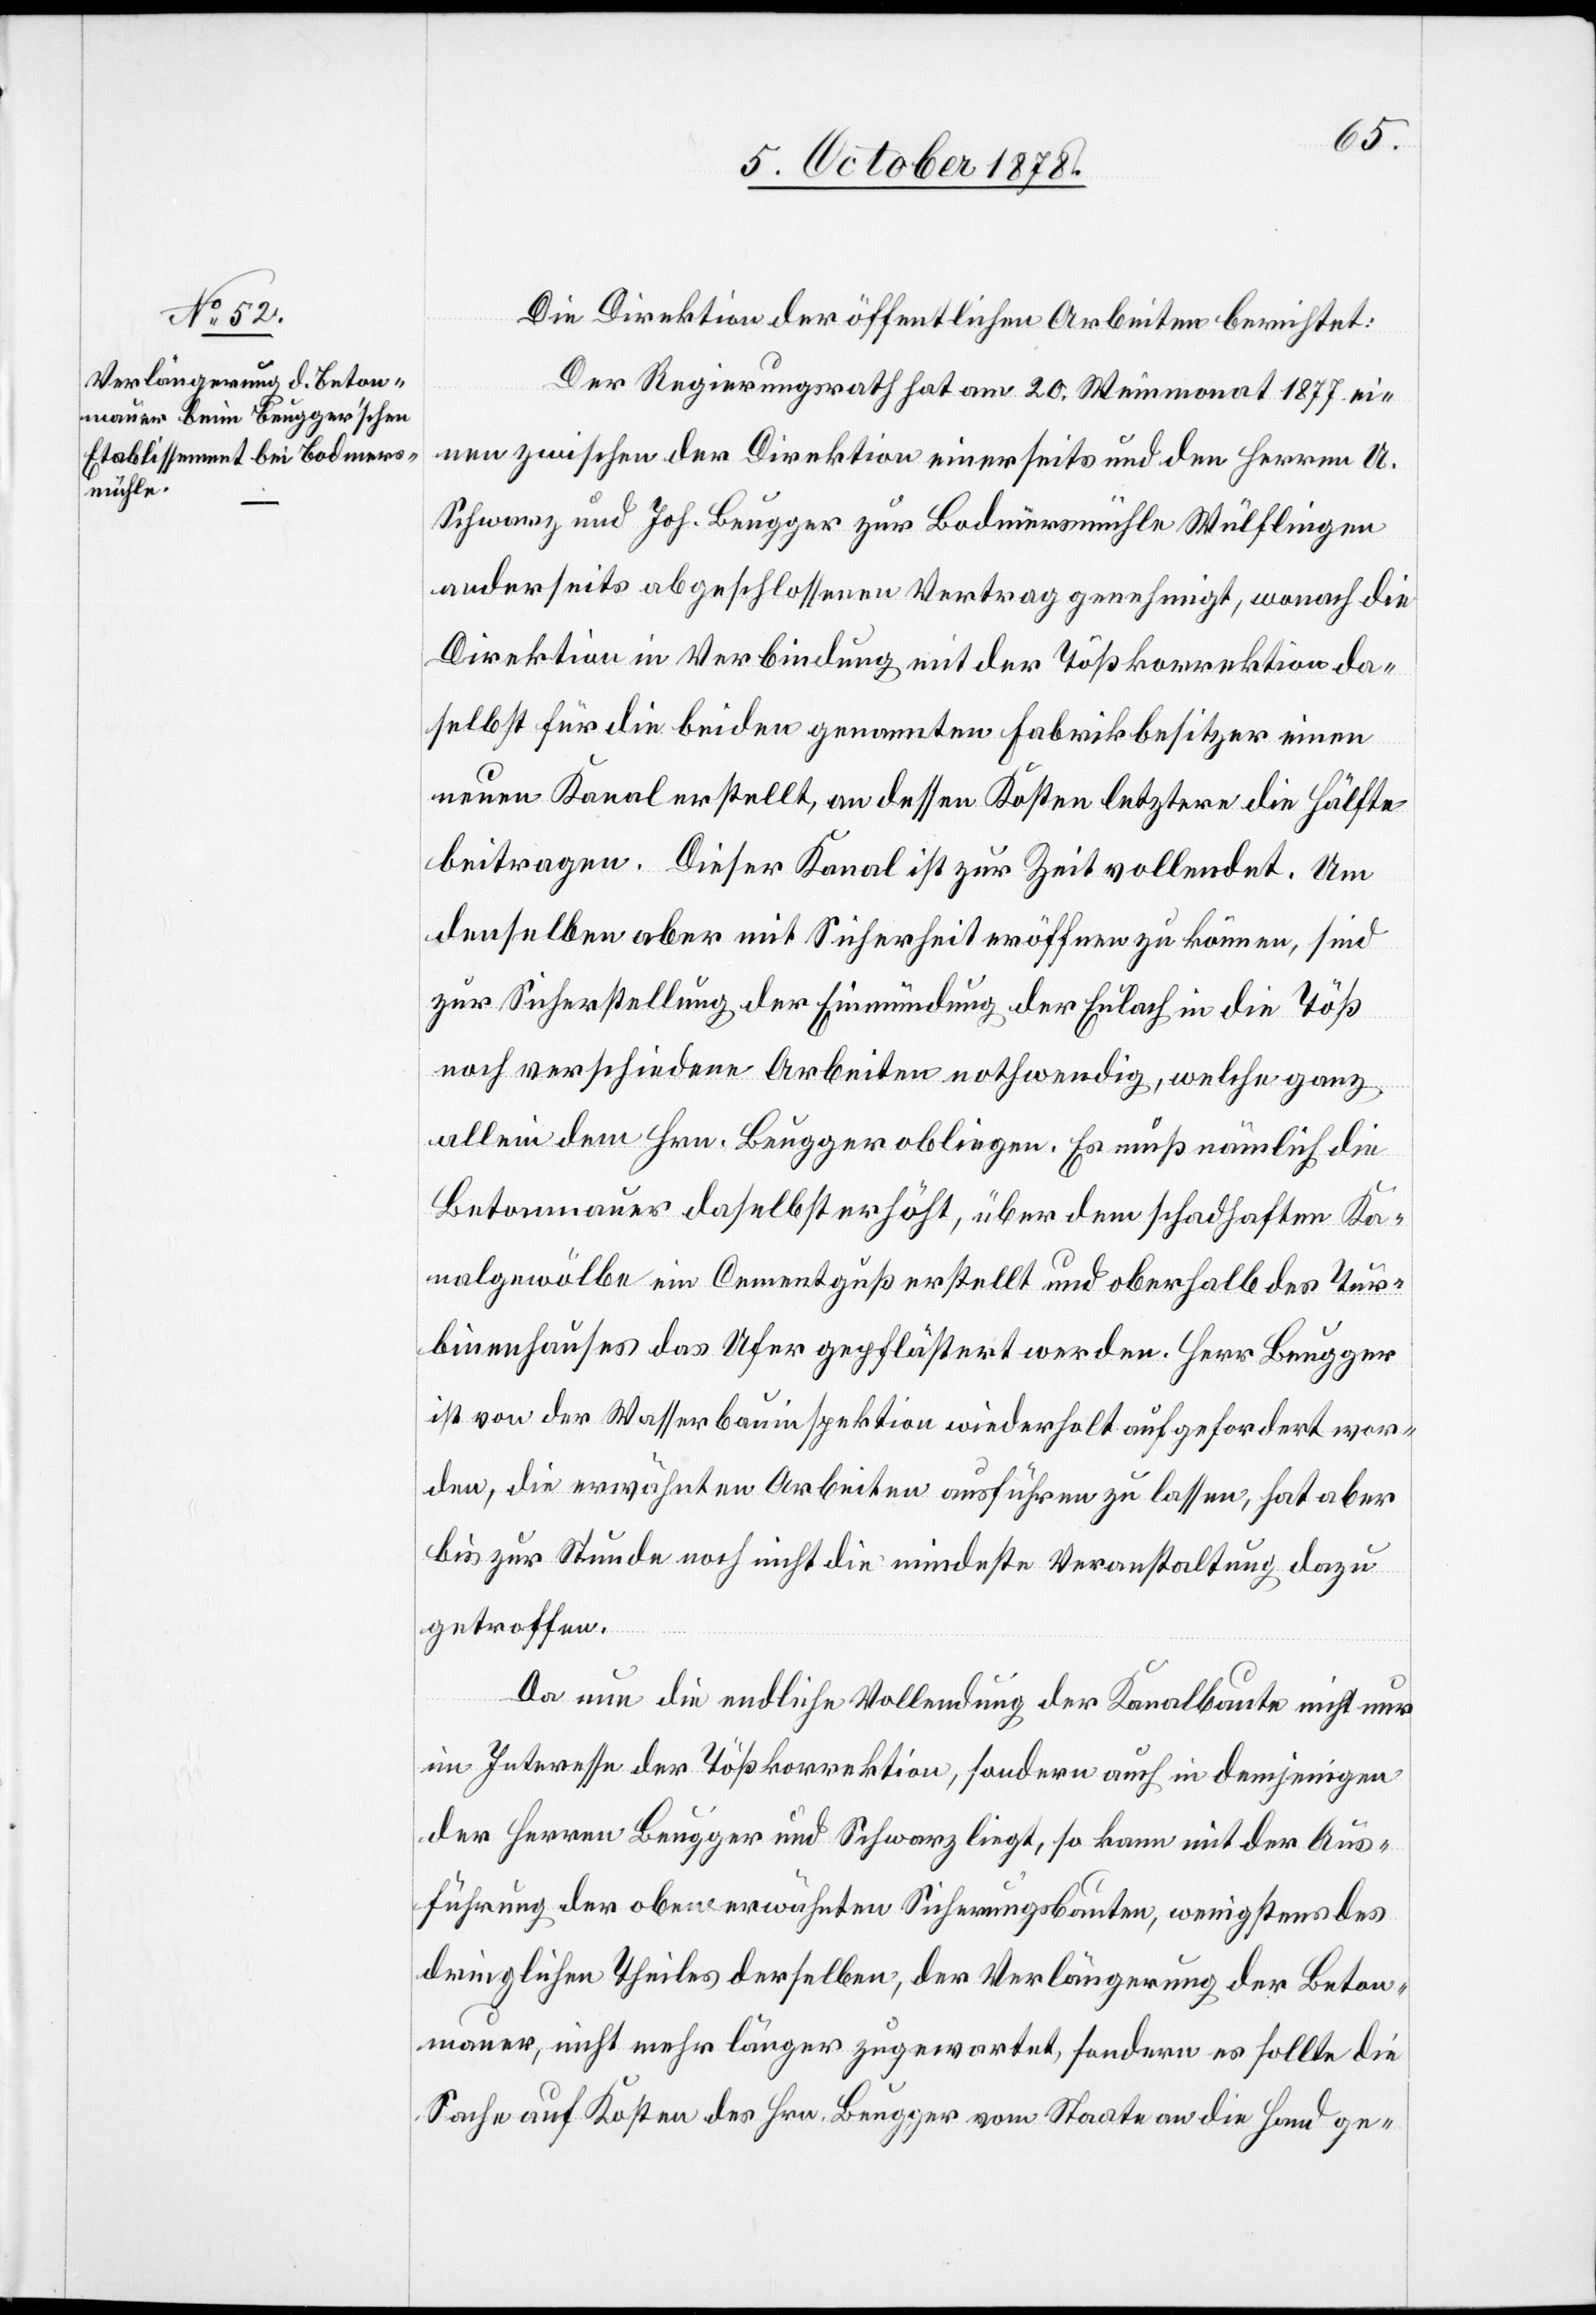
Die Direktion der öffentlichen Arbeiten berichtet:
Der Regierungsrath hat am 20. Weinmonat 1877 ei¬
nen zwischen der Direktion einerseits und den Herren U.
Schwarz und Joh. Beugger zur Bodmersmühle Wülflingen
anderseits abgeschlossenen Vertrag genehmigt, wonach die
Direktion in Verbindung mit der Tößkorrektion da¬
selbst für die beiden genannten Fabrikbesitzer einen
neuen Kanal erstellt, an dessen Kosten letztere die Hälfte
beitragen. Dieser Kanal ist zur Zeit vollendet. Um
denselben aber mit Sicherheit eröffnen zu können, sind
zur Sicherstellung der Einmündung der Eulach in die Töß
noch verschiedene Arbeiten nothwendig, welche ganz
allein dem Hrn. Beugger obliegen. Es muß nämlich die
Betonmauer daselbst erhöht, über dem schadhaften Ka¬
nalgewölbe ein Cementguß erstellt und oberhalb des Tur¬
binenhauses das Ufer gepflästert werden. Herr Beugger
ist von der Wasserbauinspektion wiederholt aufgefordert wor¬
den, die erwähnten Arbeiten ausführen zu lassen, hat aber
bis zur Stunde noch nicht die mindeste Veranstaltung dazu
getroffen.
Da nun die endliche Vollendung der Kanalbaute nicht nur
im Interesse der Tößkorrektion, sondern auch in demjenigen
der Herren Beugger und Schwarz liegt, so kann mit der Aus¬
führung der obenerwähnten Sicherungsbauten, wenigstens des
dringlichen Theiles derselben, der Verlängerung der Beton¬
mauer, nicht mehr länger zugewartet, sondern es sollte die
Sache auf Kosten des Hrn. Beugger vom Staate an die Hand ge-